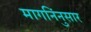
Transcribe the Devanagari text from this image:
मागनिंनुसार